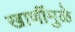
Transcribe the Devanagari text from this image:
खाणींमुळे